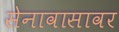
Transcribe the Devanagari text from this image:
सेनावासावर